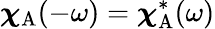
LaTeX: {\boldsymbol{\chi}}_{\mathrm{A}}(-\omega)={\boldsymbol{\chi}}_{\mathrm{A}}^{*}(\omega)